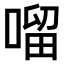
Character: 𠺕